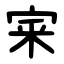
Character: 宷